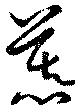
慕